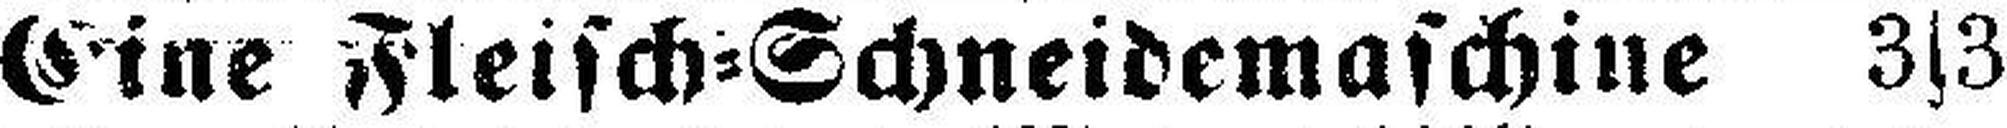
Eine Fleisch=Schneidemaschine 3s3